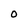
Character: o